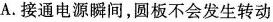
A.接通电源瞬间，圆板不会发生转动